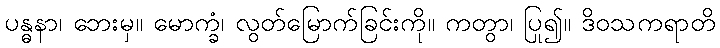
ပန္ဓနာ၊ ဘေးမှ။ မောက္ခံ၊ လွတ်မြောက်ခြင်းကို။ ကတွာ၊ ပြု၍။ ဒိဝသကရာတိ